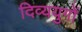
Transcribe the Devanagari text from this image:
दिव्ययुगों